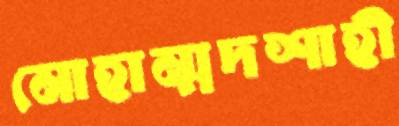
মোহাম্মদশাহী